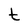
Character: t